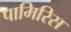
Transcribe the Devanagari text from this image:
पामिरिस